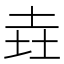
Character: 垚